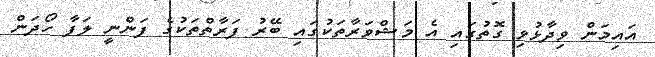
އައިމަން ވިދާޅުވި ގޮތުގައި އެ މަޝްވަރާތަކުގައި ބޭރު ފަރާތްތަކުގެ ފަންނީ ލަފާ ހޯދަން